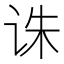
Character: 诛